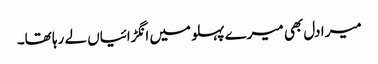
میرا دل بھی میرے پہلو میں انگڑائیاں لے رہا تھا۔